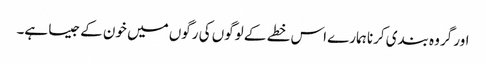
اور گروہ بندی کرنا ہمارے اس خطے کے لوگوں کی رگوں میں خون کے جیسا ہے۔